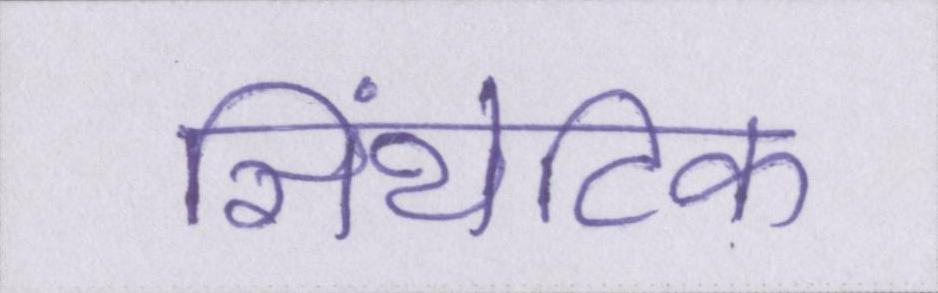
सिंथेटिक